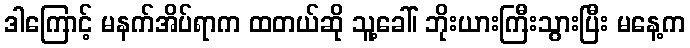
ဒါကြောင့် မနက်အိပ်ရာက ထတယ်ဆို သူ့ခေါ်၊ ဘိုးယားကြီးသွားပြီး မနေ့က